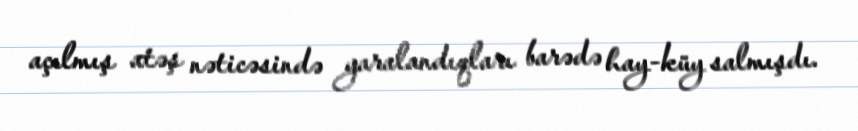
açılmış atəş nəticəsində yaralandıqları barədə hay-küy salmışdı.